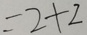
= 2 + 2